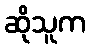
ဆိုသူက